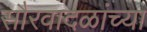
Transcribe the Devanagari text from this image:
सौरवादळांच्या